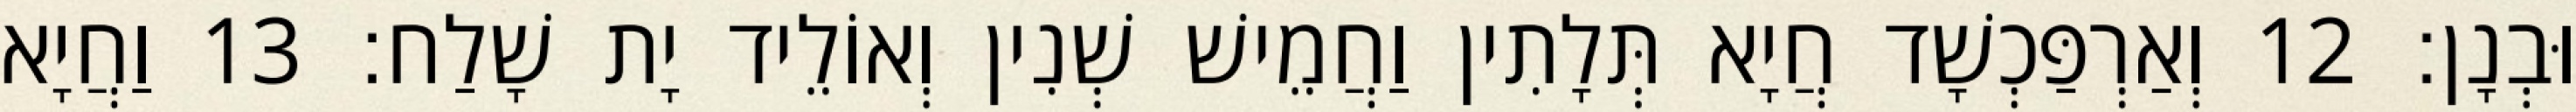
וּבְנָן׃ 12 וְאַרְפַּכְשָׁד חֲיָא תְּלָתִין וַחֲמֵישׁ שְׁנִין וְאוֹלֵיד יָת שָׁלַח׃ 13 וַחֲיָא